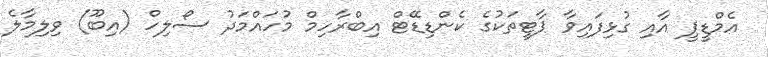
އެމްޑީޕީ އާއި ގުޅިފައިވާ ޕާޓީތަކުގެ ކެންޑިޑޭޓް އިބްރާހިމް މުހައްމަދު ސޯލިހް (އިބޫ) ވިލިމާލެ